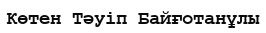
Көтен Тәуіп Байғотанұлы